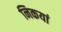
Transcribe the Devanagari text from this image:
निकयां